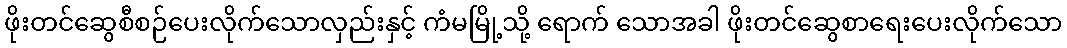
ဖိုးတင်ဆွေစီစဉ်ပေးလိုက်သောလှည်းနှင့် ကံမမြို့သို့ ရောက် သောအခါ ဖိုးတင်ဆွေစာရေးပေးလိုက်သော